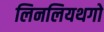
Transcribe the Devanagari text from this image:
लिनलियथगो